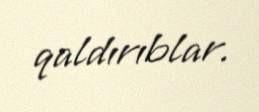
qaldırıblar.